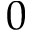
0